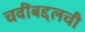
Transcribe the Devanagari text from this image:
चवींबद्दलची